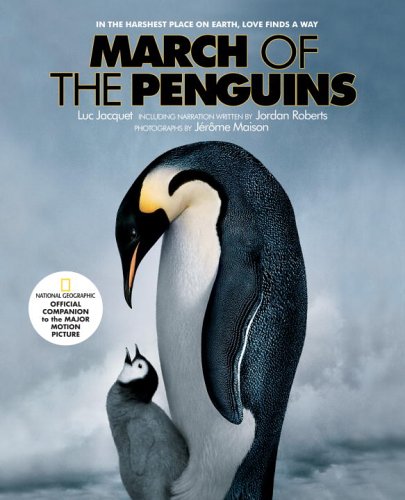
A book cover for March of the Penguins: Companion to the Major Motion Picture; Luc Jacquet; Travel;